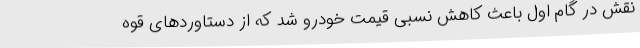
نقش در گام اول باعث کاهش نسبی قیمت خودرو شد که از دستاوردهای قوه